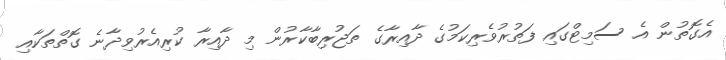
އެގޮތުން އެ ސަމިޓްގައި ފަތުރުވެރިކަމުގެ ދާއިރާގެ ތަޖުރިބާކާރުން މި ދާއިރާ ކުރިއެރުވިދާނެ ގޮތްތަކާއި